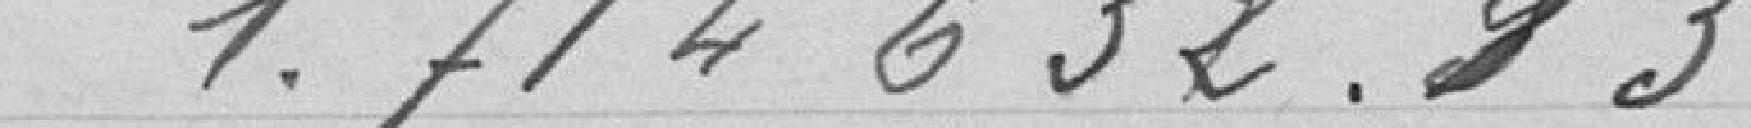
1.714.632,93